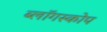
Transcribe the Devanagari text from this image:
ब्लॉगस्कोप